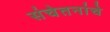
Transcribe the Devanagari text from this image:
संचेतनांचे